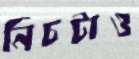
নিচটাও